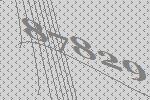
87829